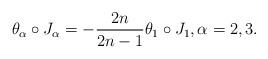
LaTeX: \begin{align*}\theta _\alpha \circ J_\alpha =-\frac{2n}{2n-1}\theta _1\circ J_1 ,\alpha =2,3.\end{align*}